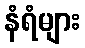
နံရံများ